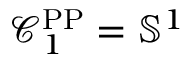
\mathcal { C } _ { 1 } ^ { \mathrm { P P } } = \mathbb { S } ^ { 1 }